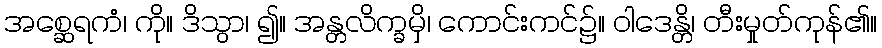
အစ္ဆေရကံ၊ ကို။ ဒိသွာ၊ ၍။ အန္တလိက္ခမှိ၊ ကောင်းကင်၌။ ဝါဒေန္တိ၊ တီးမှုတ်ကုန်၏။